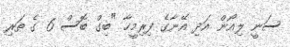
ސަނީ ލިއޯން އަދި އޭނާގެ ފިރިމީހާ "ބިގް ބޮސް 6 ގެ ތަރި